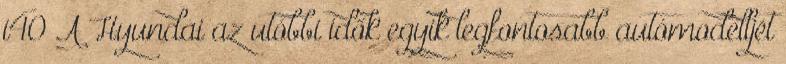
i40 A Hyundai az utóbbi idők egyik legfontosabb autómodelljét